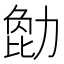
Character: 𠢒